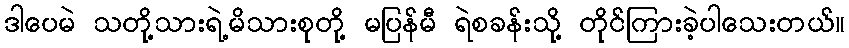
ဒါပေမဲ သတို့သားရဲ့မိသားစုတို့ မပြန်မီ ရဲစခန်းသို့ တိုင်ကြားခဲ့ပါသေးတယ်။